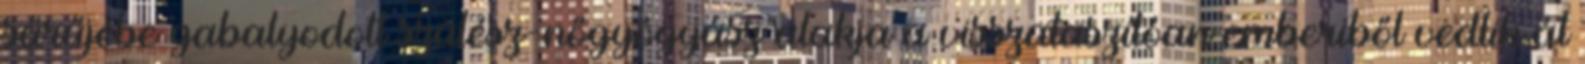
sűrűjébe gabalyodott szülész-nőgyógyász alakja a visszataszítóan emberiből vedlik át